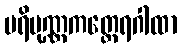
ပရိပုဏ္ဏကတ္ထေရဂါထာ